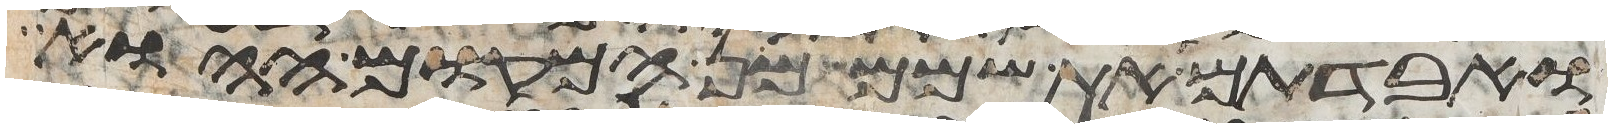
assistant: ואבדתם את שמם מן המקום ההוא